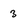
Character: 3